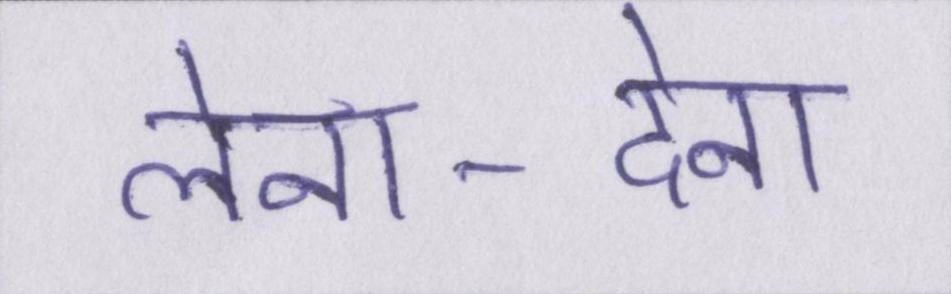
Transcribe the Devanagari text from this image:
लेना-देना